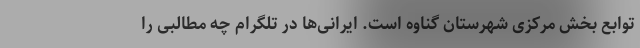
توابع بخش مرکزی شهرستان گناوه است. ایرانی‌ها در تلگرام چه مطالبی را